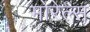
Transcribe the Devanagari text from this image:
मोरेल्स